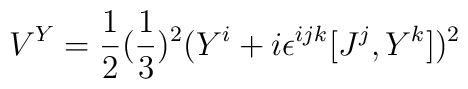
V^Y = {1 \over 2} ({ 1\over 3})^2 (Y^i + i \epsilon^{ijk} [J^j, Y^k])^2